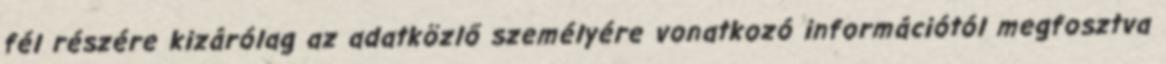
fél részére kizárólag az adatközlő személyére vonatkozó információtól megfosztva